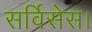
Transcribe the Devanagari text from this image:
सर्विसेस।